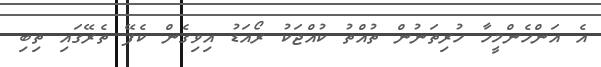
އެ އަންހެންމީހާ ހުރިތަނުން ތުއްތު ކުއްޖަކު ރޯއަޑު އިވިގެން ކެފޭ ތެރޭގައި ތިބި